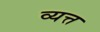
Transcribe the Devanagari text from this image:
व्यत्त